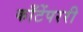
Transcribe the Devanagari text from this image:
काँटेंपररी